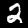
Label: 2